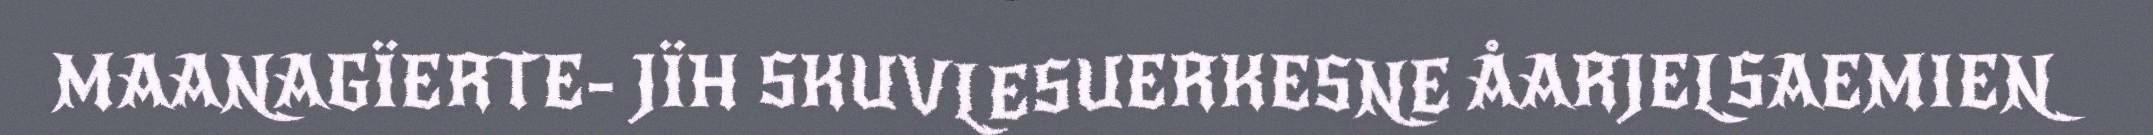
MAANAGÏERTE- JÏH SKUVLESUERKESNE ÅARJELSAEMIEN